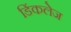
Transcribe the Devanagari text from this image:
डिंकलेज